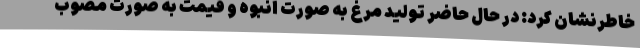
خاطرنشان کرد: در حال حاضر تولید مرغ به صورت انبوه و قیمت به صورت مصوب